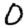
Digit: 0